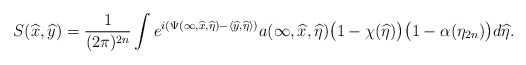
\begin{align*} S(\widehat x,\widehat y)=\frac{1}{(2\pi)^{2n}}\int e^{i(\Psi(\infty,\widehat x,\widehat\eta)-\langle\widehat y,\widehat\eta\rangle)}a(\infty,\widehat x,\widehat\eta)\big(1-\chi(\widehat\eta)\big)\big(1-\alpha(\eta_{2n})\big)d\widehat\eta.\end{align*}